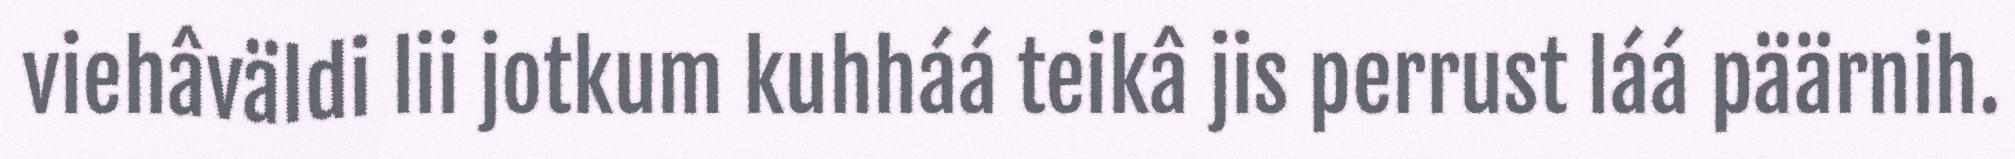
viehâväldi lii jotkum kuhháá teikâ jis perrust láá päärnih.